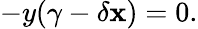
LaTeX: -y(\gamma-\delta\mathbf{x})=0.